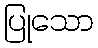
ပြုသော